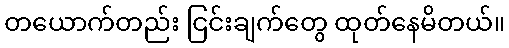
တယောက်တည်း ငြင်းချက်တွေ ထုတ်နေမိတယ်။